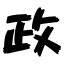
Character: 政